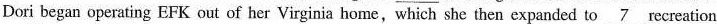
Dori began operating EFK out of her Virginia home,which she then expanded to \underline{7} recreation